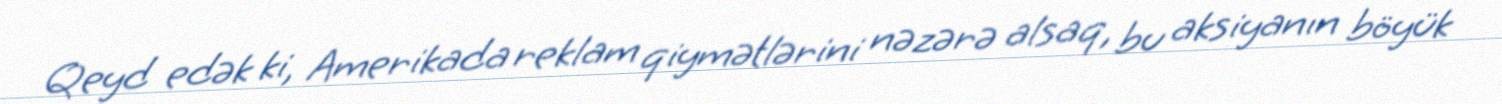
Qeyd edək ki, Amerikada reklam qiymətlərini nəzərə alsaq, bu aksiyanın böyük